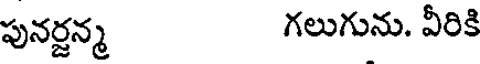
పునర్జన్మ గలుగును. వీరికి